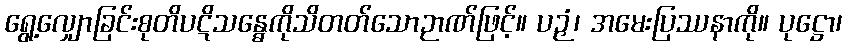
ရွေ့လျှောခြင်းစုတိပဋိသန္ဓေကိုသိတတ်သောဉာဏ်ဖြင့်။ ပဉှံ၊ အမေးပြဿနာကို။ ပုဋ္ဌော၊